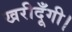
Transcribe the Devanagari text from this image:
खरीदूँगी।